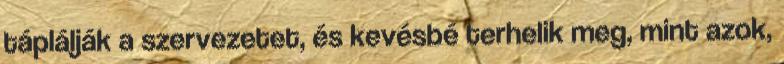
táplálják a szervezetet, és kevésbé terhelik meg, mint azok,